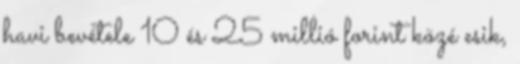
havi bevétele 10 és 25 millió forint közé esik,